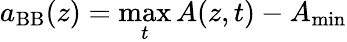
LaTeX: a_{\mathrm{BB}}(z)=\operatorname*{max}_{t}A(z,t)-A_{\mathrm{min}}